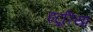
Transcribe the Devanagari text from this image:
इट्रूरिया